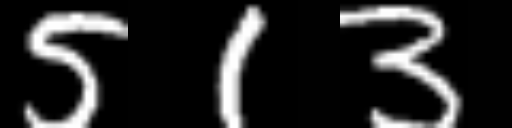
Text: 513